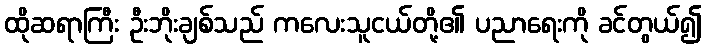
ထိုဆရာကြီး ဦးဘိုးချစ်သည် ကလေးသူငယ်တို့၏ ပညာရေးကို ခင်တွယ်၍